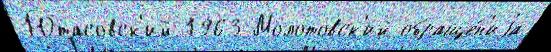
Ютасовск'ий 1963 Молотовск'ий обраще́н'иjа